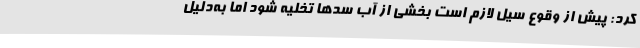
کرد: پیش از وقوع سیل لازم است بخشی از آب سدها تخلیه شود اما به‌دلیل